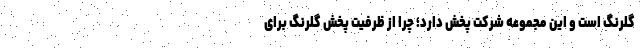
گلرنگ است و این مجموعه شرکت پخش دارد؛ چرا از ظرفیت پخش گلرنگ برای